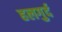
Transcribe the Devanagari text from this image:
हलगुर्द